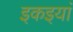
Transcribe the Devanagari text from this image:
इकइयां